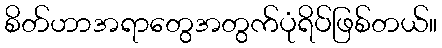
စိတ်ဟာအရာတွေအတွက်ပုံရိပ်ဖြစ်တယ်။